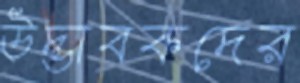
উদ্ভাবকদের